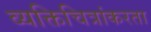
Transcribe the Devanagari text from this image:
व्यक्तिचित्रांकरता